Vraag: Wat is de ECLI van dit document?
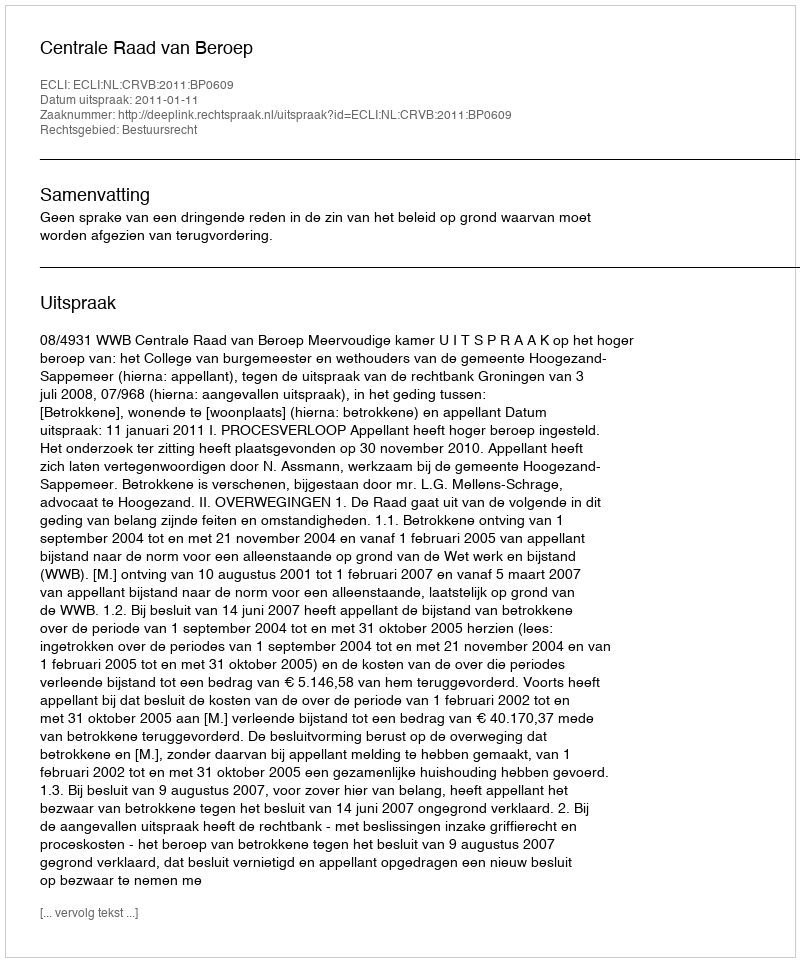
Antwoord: ECLI:NL:CRVB:2011:BP0609